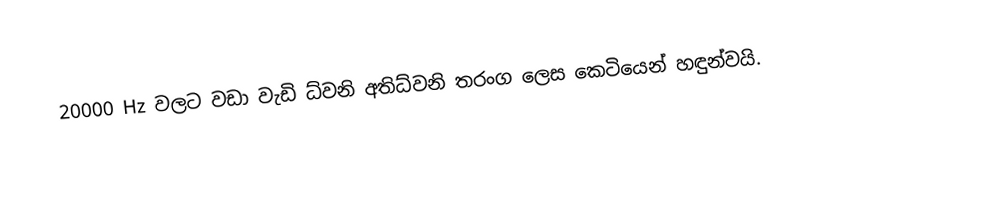
20000 Hz වලට වඩා වැඩි ධ්වනි අතිධ්වනි තරංග ලෙස කෙටියෙන් හඳුන්වයි.